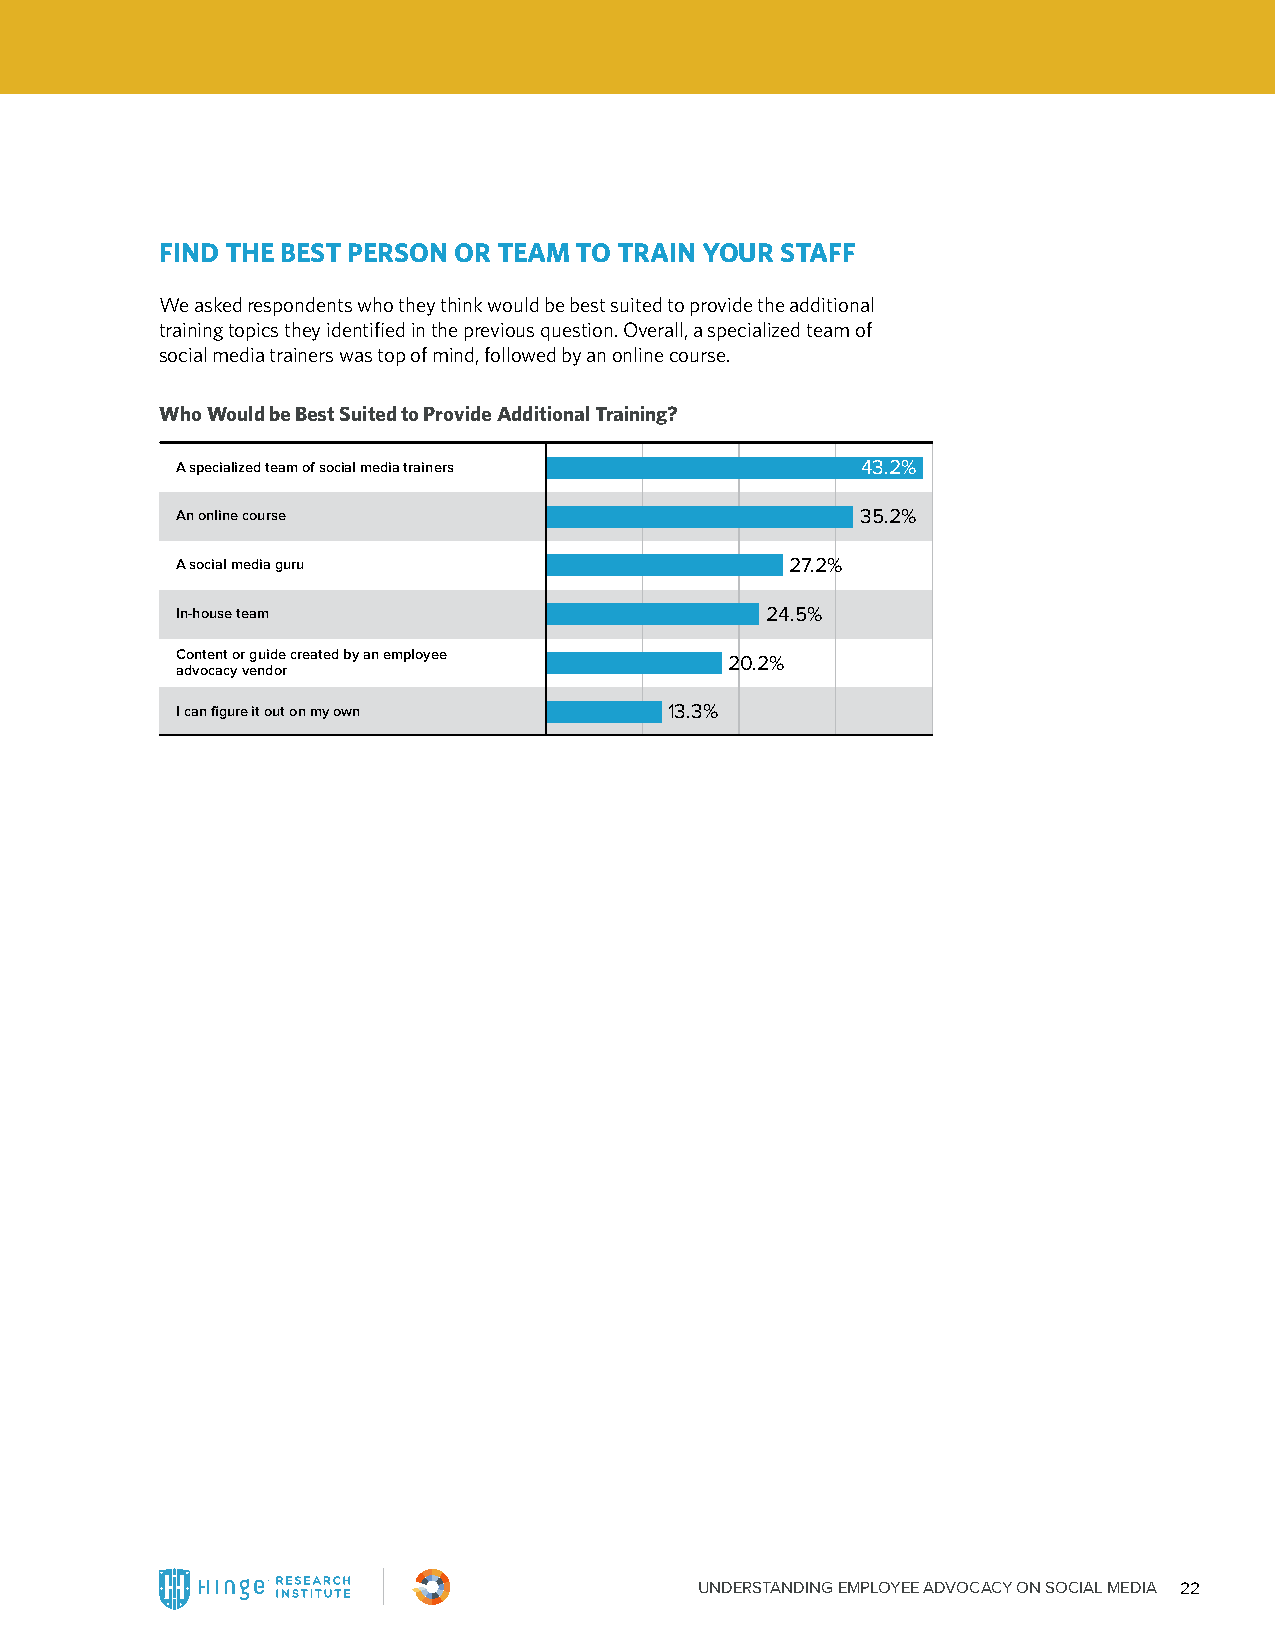
FIND THE BEST PERSON OR TEAM TO TRAIN YOUR STAFF
 We asked respondents who they think would be best suited to provide the additional
 training topics they identified in the previous question. Overall, a specialized team of
 social media trainers was top of mind, followed by an online course.
 Who Would be Best Suited to Provide Additional Training?
 A specialized team of social media trainers  43.2%
 An online course                             35.2%
 A social media guru                     27.2%
 In-house team                          24.5%
 Content or guide created by an employee
 20.2%
 advocacy vendor
 I can figure it out on my own   13.3%
 UNDERSTANDING EMPLOYEE ADVOCACY ON SOCIAL MEDIA 22